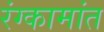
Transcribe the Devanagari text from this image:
रंग्कामांत